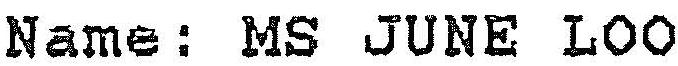
NAME: MS JUNE LOO